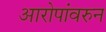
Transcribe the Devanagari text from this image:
आरोपांवरुन